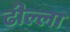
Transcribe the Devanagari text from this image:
ढील्ला